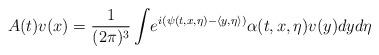
LaTeX: \begin{align*} A(t)v(x)=\frac{1}{(2\pi)^{3}}\int\!e^{i(\psi(t,x,\eta)-\langle y,\eta\rangle)}\alpha(t,x,\eta)v(y)dyd\eta\end{align*}